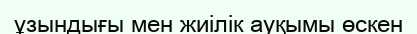
ұзындығы мен жиілік ауқымы өскен